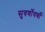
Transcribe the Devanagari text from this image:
सुवर्णोवर्णो